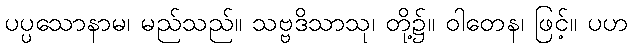
ပပ္ပသောနာမ၊ မည်သည်။ သဗ္ဗဒိသာသု၊ တို့၌။ ဝါတေန၊ ဖြင့်။ ပဟ